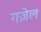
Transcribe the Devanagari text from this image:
गज़ेल